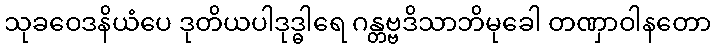
သုခဝေဒနိယံပေ ဒုတိယပါဒုဒ္ဓါရေ ဂန္တဗ္ဗဒိသာဘိမုခေါ တဏှာဝါနတော